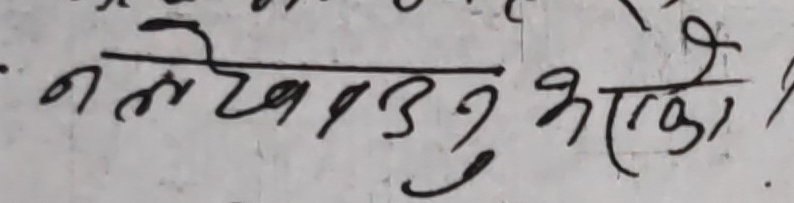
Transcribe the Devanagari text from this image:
नलेखाउन भएको ?